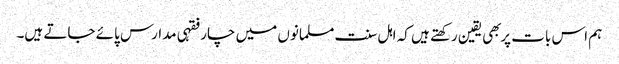
ہم اس بات پر بهی یقین رکهتے ہیں کہ اہل سنت مسلمانوں میں چار فقہی مدارس پائے جاتے ہیں۔